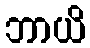
ဘာယိ